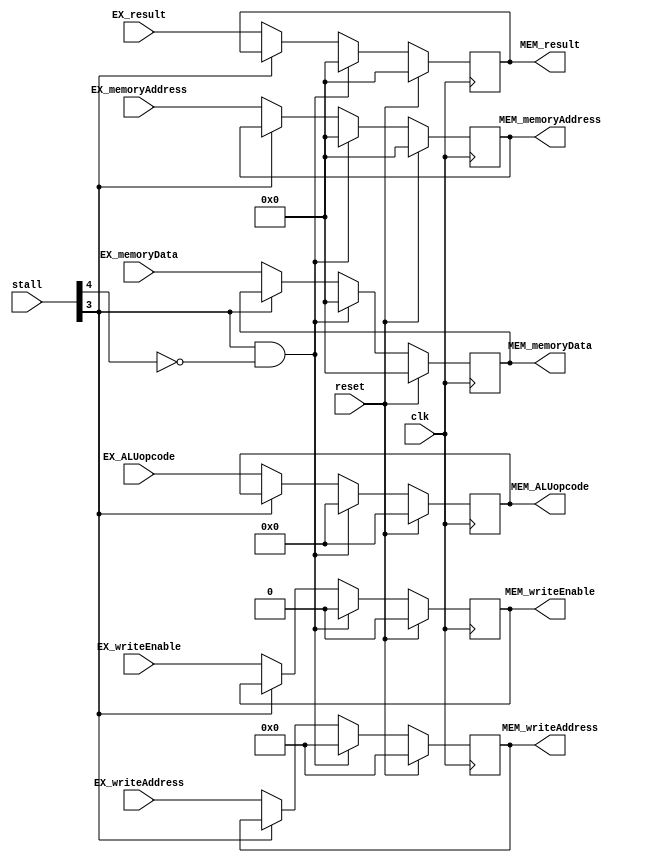
/*
    The register between EX stage and MEM stage
*/
module EX_MEM (
    // ------ Input ------
    input wire reset,
    input wire clk,
    input wire[31:0] EX_result,           // result in EX stage
    input wire EX_writeEnable,            // write back signal in EX stage
    input wire[4:0] EX_writeAddress,      // write back address in EX stage
    input wire[5:0] EX_ALUopcode,         // ALU opcode in EX stage
    input wire[31:0] EX_memoryAddress,    // calculated memory address in EX stage
    input wire[31:0] EX_memoryData,       // memory data in EX stage
    input wire[5:0] stall,
    // ------ Output ------
    output reg[31:0] MEM_result,          // result in MEM stage
    output reg MEM_writeEnable,           // write back signal in MEM stage
    output reg[4:0] MEM_writeAddress,     // write back address in MEM stage
    output reg[5:0] MEM_ALUopcode,        // ALU opcode in MEM stage
    output reg[31:0] MEM_memoryAddress,   // calculated memory address in MEM stage
    output reg[31:0] MEM_memoryData       // memory data in MEM stage
);
    
    always @(posedge clk) begin
        if(reset == 1) begin
            MEM_result <= 32'h0000_0000;
            MEM_writeEnable <= 0;
            MEM_writeAddress <= 5'b00000;
            MEM_ALUopcode <= 8'h00;
            MEM_memoryAddress <= 32'h0000_0000;
            MEM_memoryData <= 32'h0000_0000;
        end else begin
            // stall case
            if(stall[3] == 1 && stall[4] == 0) begin
                MEM_result <= 32'h0000_0000;
                MEM_writeEnable <= 0;
                MEM_writeAddress <= 5'b00000;
                MEM_ALUopcode <= 8'h00;
                MEM_memoryAddress <= 32'h0000_0000;
                MEM_memoryData <= 32'h0000_0000;
            // default case
            end else if(stall[3] == 0) begin
                MEM_result <= EX_result;
                MEM_writeEnable <= EX_writeEnable;
                MEM_writeAddress <= EX_writeAddress;
                MEM_ALUopcode <= EX_ALUopcode;
                MEM_memoryAddress <= EX_memoryAddress;
                MEM_memoryData <= EX_memoryData;
            end
        end
    end
endmodule